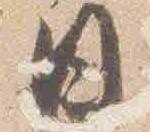
日